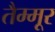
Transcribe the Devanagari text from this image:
तैम्मूर